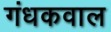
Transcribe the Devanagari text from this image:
गंधकवाल